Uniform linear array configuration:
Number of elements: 12
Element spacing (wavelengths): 0.5
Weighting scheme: kaiser
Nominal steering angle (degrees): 30
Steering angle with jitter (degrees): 30.332
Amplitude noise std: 0.05
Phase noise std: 0.05

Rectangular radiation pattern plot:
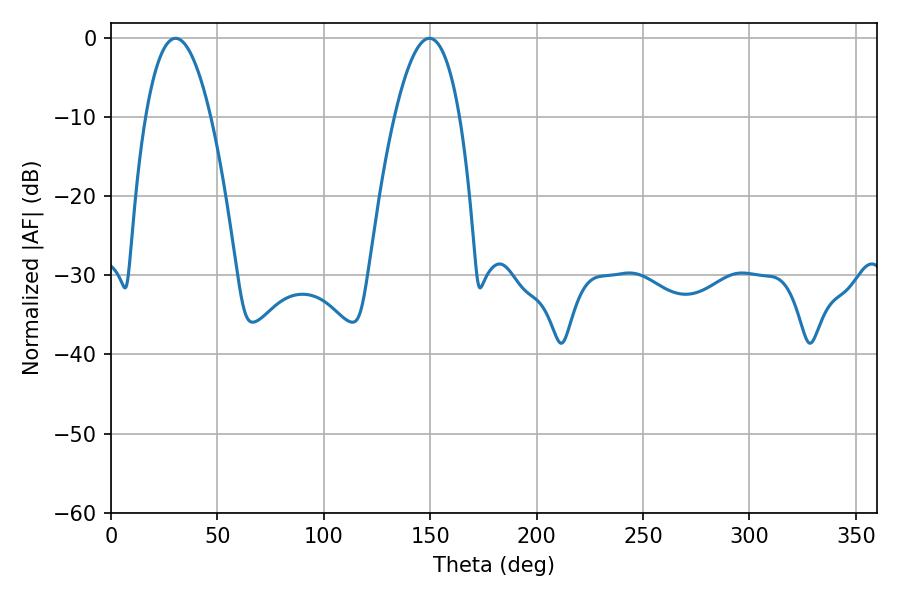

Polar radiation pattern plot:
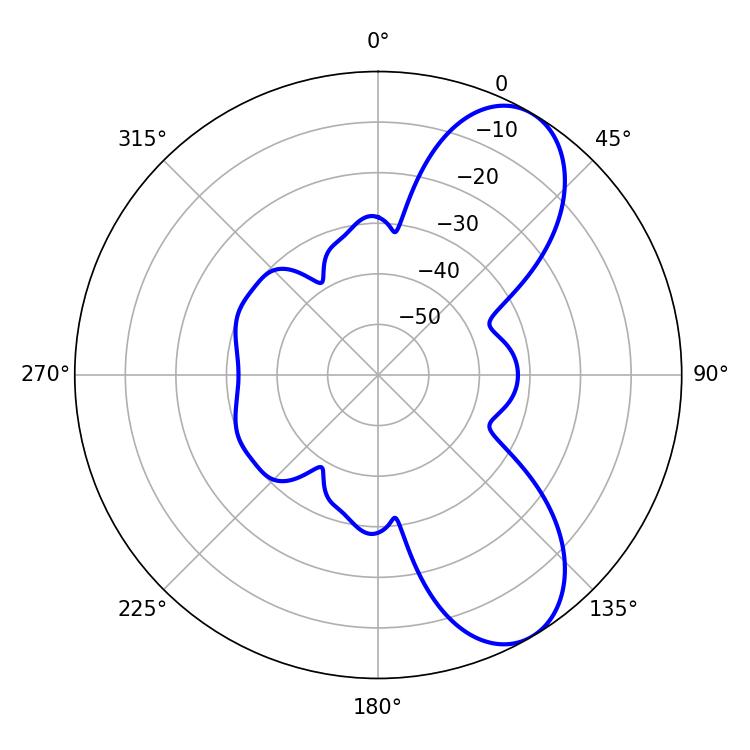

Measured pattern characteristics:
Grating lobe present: FALSE
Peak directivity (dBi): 7.931
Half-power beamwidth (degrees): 16.92
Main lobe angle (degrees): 30.42